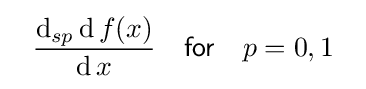
~~{\frac {\operatorname {d} _{sp}\operatorname {d} f(x)}{\operatorname {d} x}}~~{\mathsf {\ for\ }}~~p=0,1~~